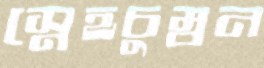
স্নেহচুম্বন